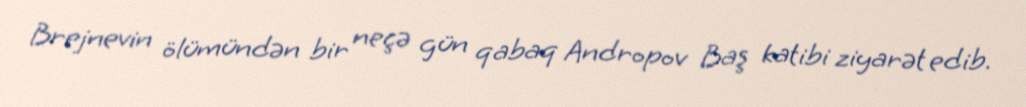
Brejnevin ölümündən bir neçə gün qabaq Andropov Baş katibi ziyarət edib.